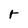
Character: r